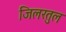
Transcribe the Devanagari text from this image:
जिलरतुल